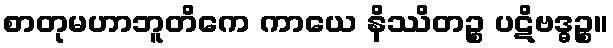
စာတုမဟာဘူတိကေ ကာယေ နိဿိတဉ္စ ပဋိဗဒ္ဓဉ္စ။